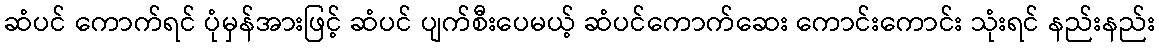
ဆံပင် ကောက်ရင် ပုံမှန်အားဖြင့် ဆံပင် ပျက်စီးပေမယ့် ဆံပင်ကောက်ဆေး ကောင်းကောင်း သုံးရင် နည်းနည်း